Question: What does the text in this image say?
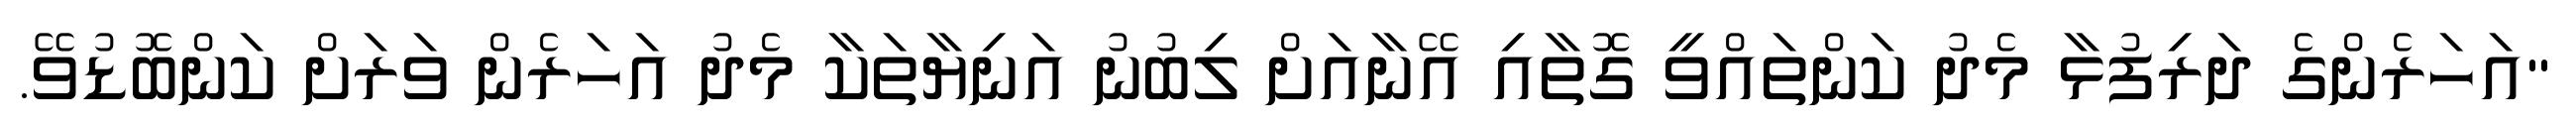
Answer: "އަހަރެންގެ ދަރިފުޅާ މެދު ކަންތައްވީ ގޮތާއި އޭނާއަށް ލިބުނު އަނިޔާތަކާ މެދު އަހަރެން ވަރަށް ކަންބޮޑުވޭ.